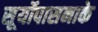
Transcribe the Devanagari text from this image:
सूर्योपासनाके